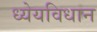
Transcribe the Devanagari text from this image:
ध्येयविधान